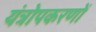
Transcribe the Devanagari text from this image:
यंत्रोपकरणों